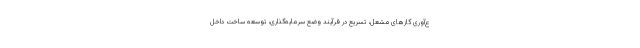
ع‌آوری گازهای مشعل، تسریع در فرآیند وضع سرمایه‌گذاری، توسعه ساخت داخل